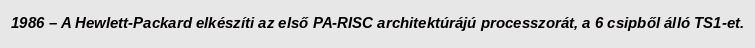
1986 – A Hewlett-Packard elkészíti az első PA-RISC architektúrájú processzorát, a 6 csipből álló TS1-et.